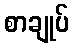
စာချုပ်